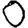
Digit: 0